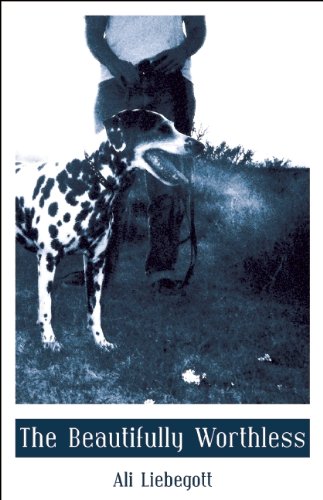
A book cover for The Beautifully Worthless (City Lights/Sister Spit); Ali Liebegott; Gay & Lesbian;